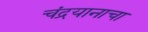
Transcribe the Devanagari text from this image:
चंद्रयानाचा